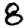
Digit: 8